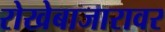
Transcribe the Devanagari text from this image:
रोखेबाजारावर